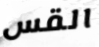
القس